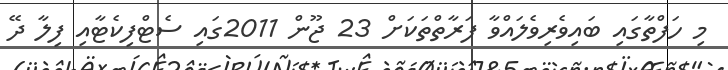
މި ހަފްތާގައި ބައިވެރިވެލައްވާ ފަރާތްތަކަށް 23 ޖޫން 2011ގައި ސެޓްފިކެޓާއި ފިލާ ދޭ